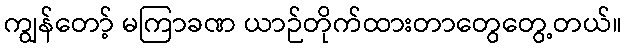
ကျွန်တော့် မကြာခဏ ယာဉ်တိုက်ထားတာတွေတွေ့တယ်။